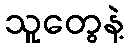
သူတွေနဲ့